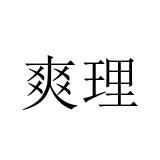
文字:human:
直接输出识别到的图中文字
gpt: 爽理